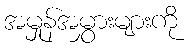
အမှုန်အမွှားများကို